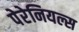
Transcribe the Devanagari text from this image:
पेरेनियल्स